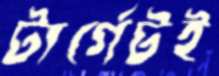
টার্গেটই